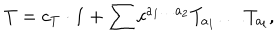
T = c _ { T } \cdot { \bf 1 } + \sum c ^ { a _ { 1 } \dots a _ { 2 } } T _ { a _ { 1 } } \dots T _ { a _ { l } } ,